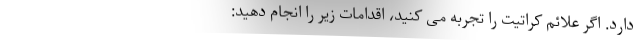
دارد. اگر علائم کراتیت را تجربه می کنید، اقدامات زیر را انجام دهید: